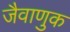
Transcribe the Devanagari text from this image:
जैवाणुक